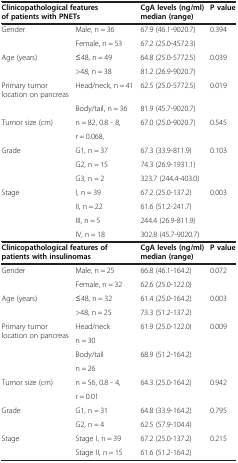
<table><thead><tr><td colspan="2"><b>Clinicopathological features of patients with PNETs</b></td><td><b>CgA levels (ng/ml) median (range)</b></td><td><b>P value</b></td></tr></thead><tbody><tr><td>Gender</td><td>Male, n = 36</td><td>67.9 (46.1-9020.7)</td><td rowspan="2">0.394</td></tr><tr><td> </td><td>Female, n = 53</td><td>67.2 (25.0-4572.3)</td></tr><tr><td>Age (years)</td><td>≤48, n = 49</td><td>64.8 (25.0-5772.5)</td><td rowspan="2">0.039</td></tr><tr><td> </td><td>&gt;48, n = 38</td><td>81.2 (26.9-9020.7)</td></tr><tr><td>Primary tumor location on pancreas</td><td>Head/neck, n = 41</td><td>62.5 (25.0-5772.5)</td><td rowspan="2">0.019</td></tr><tr><td> </td><td>Body/tail, n = 36</td><td>81.9 (45.7-9020.7)</td></tr><tr><td rowspan="2">Tumor size (cm)</td><td>n = 82, 0.8 - 8,</td><td rowspan="2">67.0 (25.0-9020.7)</td><td rowspan="2">0.545</td></tr><tr><td>r = 0.068,</td></tr><tr><td>Grade</td><td>G1, n = 37</td><td>67.3 (33.9-811.9)</td><td rowspan="3">0.103</td></tr><tr><td> </td><td>G2, n = 15</td><td>74.3 (26.9-1931.1)</td></tr><tr><td> </td><td>G3, n = 2</td><td>323.7 (244.4-403.0)</td></tr><tr><td>Stage</td><td>I, n = 39</td><td>67.2 (25.0-137.2)</td><td rowspan="4">0.003</td></tr><tr><td> </td><td>II, n = 22</td><td>61.6 (51.2-241.7)</td></tr><tr><td> </td><td>III, n = 5</td><td>244.4 (26.9-811.9)</td></tr><tr><td> </td><td>IV, n = 18</td><td>302.8 (45.7-9020.7)</td></tr><tr><td colspan="2"><b>Clinicopathological features of patients with insulinomas</b></td><td><b>CgA levels (ng/ml) median (range)</b></td><td><b>P value</b></td></tr><tr><td>Gender</td><td>Male, n = 25</td><td>66.8 (46.1-164.2)</td><td rowspan="2">0.072</td></tr><tr><td> </td><td>Female, n = 32</td><td>62.6 (25.0-122.0)</td></tr><tr><td>Age (years)</td><td>≤48, n = 32</td><td>61.4 (25.0-164.2)</td><td rowspan="2">0.003</td></tr><tr><td> </td><td>&gt;48, n = 25</td><td>73.3 (51.2-137.2)</td></tr><tr><td rowspan="2">Primary tumor location on pancreas</td><td>Head/neck</td><td rowspan="2">61.9 (25.0-122.0)</td><td rowspan="4">0.009</td></tr><tr><td>n = 30</td></tr><tr><td rowspan="2"> </td><td>Body/tail</td><td rowspan="2">68.9 (51.2-164.2)</td></tr><tr><td>n = 26</td></tr><tr><td rowspan="2">Tumor size (cm)</td><td>n = 56, 0.8 - 4,</td><td rowspan="2">64.3 (25.0-164.2)</td><td rowspan="2">0.942</td></tr><tr><td>r = 0.01</td></tr><tr><td>Grade</td><td>G1, n = 31</td><td>64.8 (33.9-164.2)</td><td rowspan="2">0.795</td></tr><tr><td> </td><td>G2, n = 4</td><td>62.5 (57.9-104.4)</td></tr><tr><td>Stage</td><td>Stage I, n = 39</td><td>67.2 (25.0-137.2)</td><td rowspan="2">0.215</td></tr><tr><td> </td><td>Stage II, n = 15</td><td>61.6 (51.2-164.2)</td></tr></tbody></table>